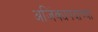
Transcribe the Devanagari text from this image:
अजिंक्यपदाच्या